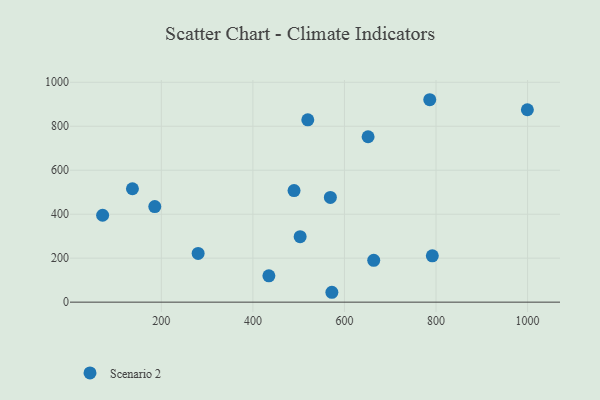
{"axis": {"x": "Distance", "y": "Demand"}, "legend": ["Scenario 2"], "data": [{"x": "519.9", "y": 829.2, "type": "Scenario 2"}, {"x": "569.2", "y": 476.3, "type": "Scenario 2"}, {"x": "136.9", "y": 515.7, "type": "Scenario 2"}, {"x": "651.6", "y": 752.3, "type": "Scenario 2"}, {"x": "786.3", "y": 920.6, "type": "Scenario 2"}, {"x": "572.5", "y": 44.9, "type": "Scenario 2"}, {"x": "185.7", "y": 434.5, "type": "Scenario 2"}, {"x": "503.2", "y": 297.6, "type": "Scenario 2"}, {"x": "999.5", "y": 874.9, "type": "Scenario 2"}, {"x": "791.9", "y": 210.7, "type": "Scenario 2"}, {"x": "663.9", "y": 190.3, "type": "Scenario 2"}, {"x": "434.9", "y": 119.5, "type": "Scenario 2"}, {"x": "280.4", "y": 221.4, "type": "Scenario 2"}, {"x": "71.8", "y": 395.2, "type": "Scenario 2"}, {"x": "489.9", "y": 507.5, "type": "Scenario 2"}]}